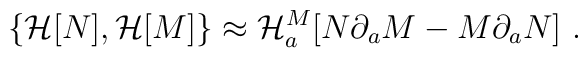
\{ {\cal H}[N], {\cal H}[M]\} \approx {\cal H}_a^M[N\partial_aM - M\partial_a N] \ .